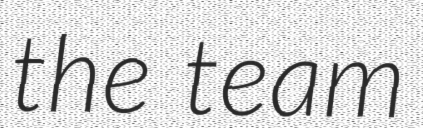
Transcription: the team